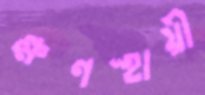
ক্ষণস্হায়ী